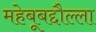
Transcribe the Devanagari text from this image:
महेबूबद्दौल्ला